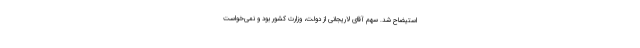
استیضاح شد. سهم آقای لاریجانی از دولت، وزارت کشور بود و نمی‌خواست